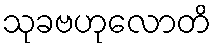
သုခဗဟုလောတိ